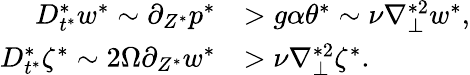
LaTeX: \begin{array}{rl}{D_{t^{*}}^{*}w^{*}\sim\partial_{Z^{*}}p^{*}}&{>g\alpha\theta^{*}\sim\nu\nabla_{\perp}^{*2}w^{*},}\\ {D_{t^{*}}^{*}\zeta^{*}\sim 2\Omega\partial_{Z^{*}}w^{*}}&{>\nu\nabla_{\perp}^{*2}\zeta^{*}.}\end{array}